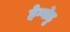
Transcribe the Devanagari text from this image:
हेग्गोडु